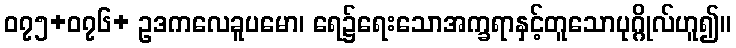
၀၇၅+၀၇၆+ ဥဒကလေခူပမော၊ ရေ၌ရေးသောအက္ခရာနှင့်တူသောပုဂ္ဂိုလ်ဟူ၍။